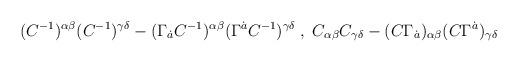
LaTeX: \begin{align*}(C^{-1})^{\alpha\beta}(C^{-1})^{\gamma\delta} -(\Gamma_{\dot{a}}C^{-1})^{\alpha\beta} (\Gamma^{\dot{a}}C^{-1})^{\gamma\delta} \;,\; C_{\alpha\beta}C_{\gamma\delta} -(C\Gamma_{\dot{a}})_{\alpha\beta} (C\Gamma^{\dot{a}})_{\gamma\delta}\end{align*}